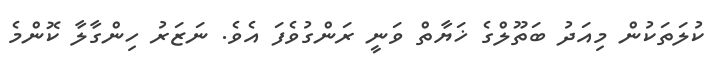
ކުލަތަކުން މިއަދު ބަތޫލްގެ ޚަޔާތް ވަނީ ރަންގުވެފަ އެވެ. ނަޒަރު ހިންގާލާ ކޮންމެ